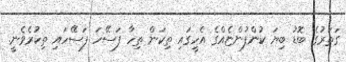
ގަތަރުގެ ބޮޑު ބިޔަ ކުންފުންޏެއްގެ އެހީގައި ތިކަން ތިހާ ފަސޭހަ ފަސޭހައި ތިކުރެވެނީ.